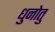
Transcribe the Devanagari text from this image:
धुनोतु